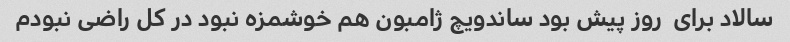
سالاد برای  روز پیش بود ساندویچ ژامبون هم خوشمزه نبود در کل راضی نبودم